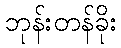
ဘုန်းတန်ခိုး